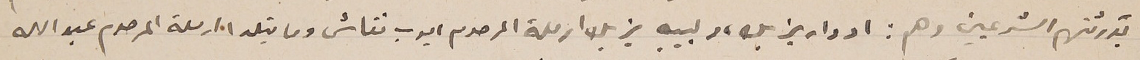
بورثتهم الشرعيين وهم : ادوار يزبك، ولبيبه يزبك ارملة المرحوم ايوب نقاش وماتيلدا ارملة المرحوم عبدالله